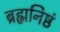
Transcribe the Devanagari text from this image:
ब्रह्मनिष्ठं